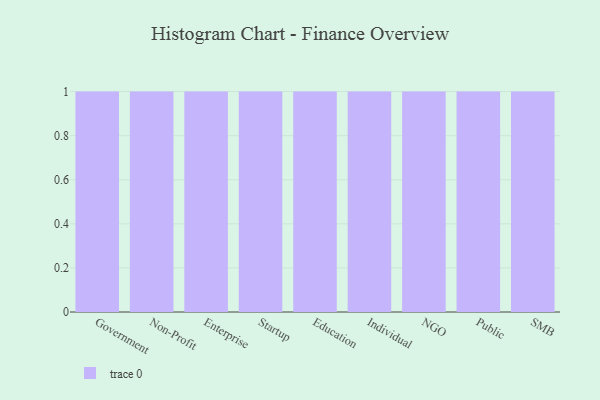
{"axis": {"x": "Segment", "y": "Satisfaction Score"}, "legend": [""], "data": [{"x": "Government", "y": 81, "type": ""}, {"x": "Non-Profit", "y": 42, "type": ""}, {"x": "Enterprise", "y": 56, "type": ""}, {"x": "Startup", "y": 32, "type": ""}, {"x": "Education", "y": 48, "type": ""}, {"x": "Individual", "y": 8, "type": ""}, {"x": "NGO", "y": 18, "type": ""}, {"x": "Public", "y": 75, "type": ""}, {"x": "SMB", "y": 17, "type": ""}]}